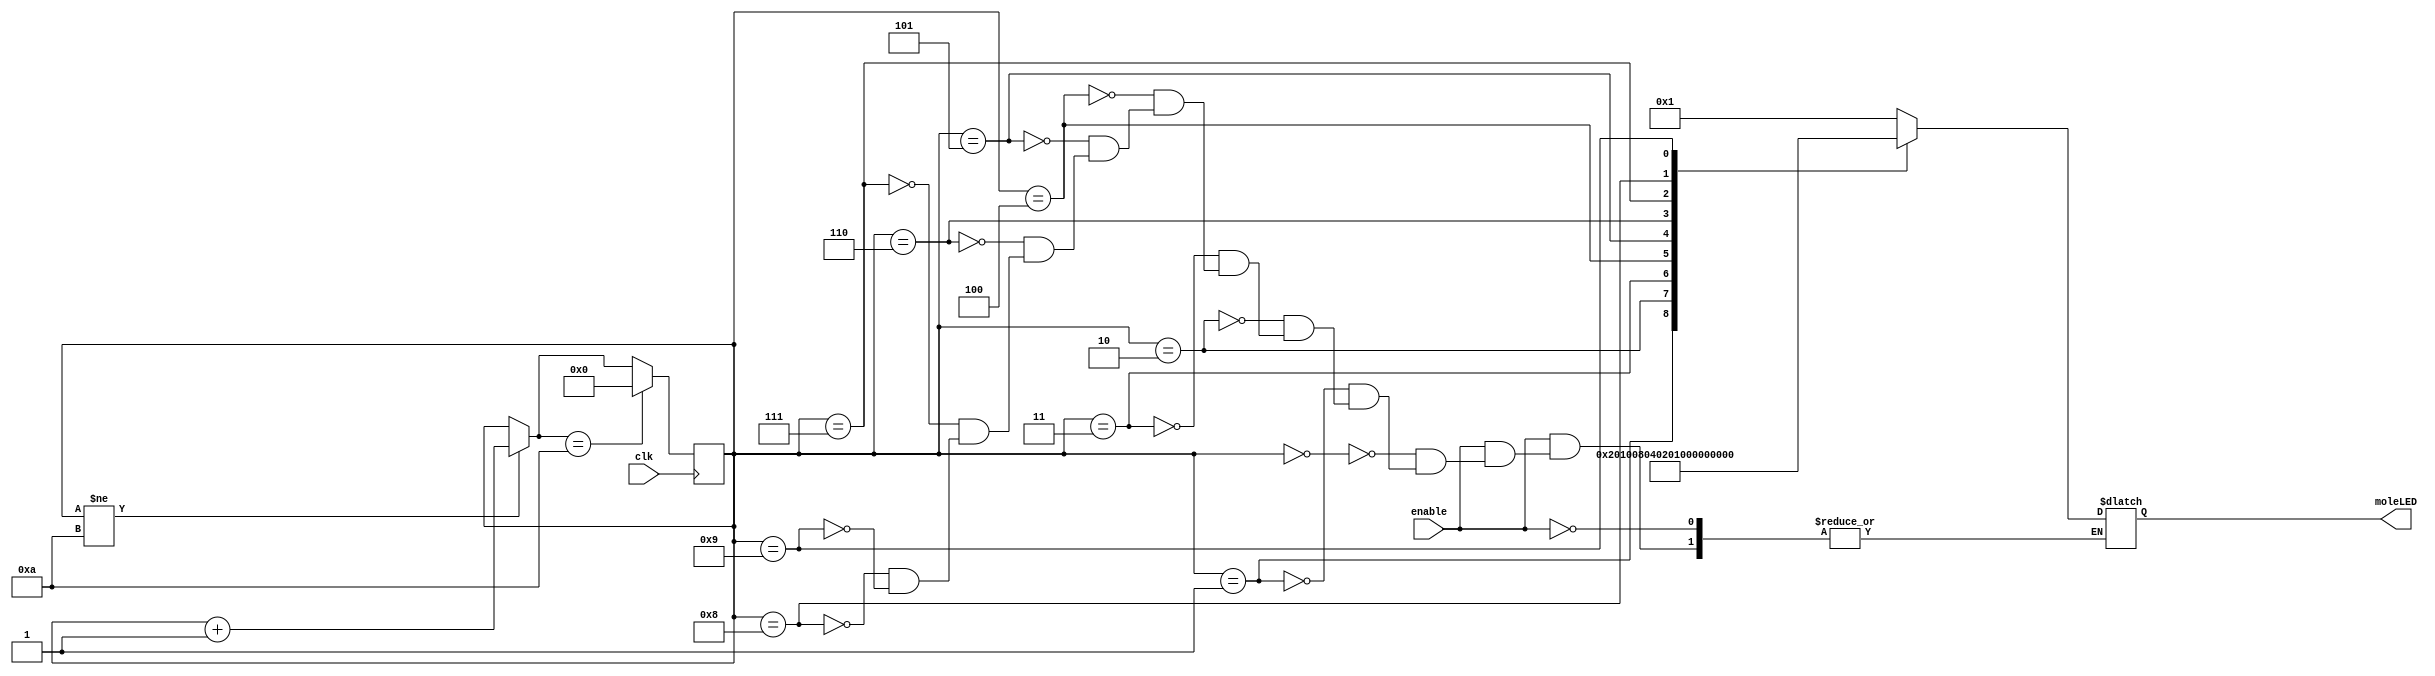
module moleCtr(
		input			 clk,
		input			 enable,
		output reg [9:0] moleLED
);

reg [3:0] moleLED_c; reg [3:0] moleLED4;


initial begin
	moleLED4 = 4'b0000;
	moleLED = 10'b0000000000;
end

always @(*) begin
	moleLED_c = moleLED4;


	if (moleLED_c != 4'b1010) begin // If moleLED is not equal to 10
		moleLED_c = moleLED4 + 4'b0001;
	end
	
	if (moleLED_c == 4'b1010) begin // If moleLED is equal to 10
		moleLED_c = 4'b0000;
	end
	
	if (enable == 1'b1) begin // If enable, sample the moleLED value
	case (moleLED4) // This makes the 4 bit moleLED4 value into a 10 bit one-hot output. Where the 1 value is the LED that is on
		4'b0000:	moleLED = 10'b0000000001;
		4'b0001: moleLED = 10'b0000000010;
		4'b0010: moleLED = 10'b0000000100;
		4'b0011: moleLED = 10'b0000001000;
		4'b0100: moleLED = 10'b0000010000;
		4'b0101: moleLED = 10'b0000100000;
		4'b0110: moleLED = 10'b0001000000;
		4'b0111: moleLED = 10'b0010000000;
		4'b1000: moleLED = 10'b0100000000;
		4'b1001: moleLED = 10'b1000000000;
	endcase
	end
end

always @(posedge clk) begin
	moleLED4 <= #1 moleLED_c;
end

endmodule

// Add enable signal so it stops the moleLED value and I can sample it